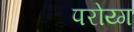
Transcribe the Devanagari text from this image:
परोय्ग